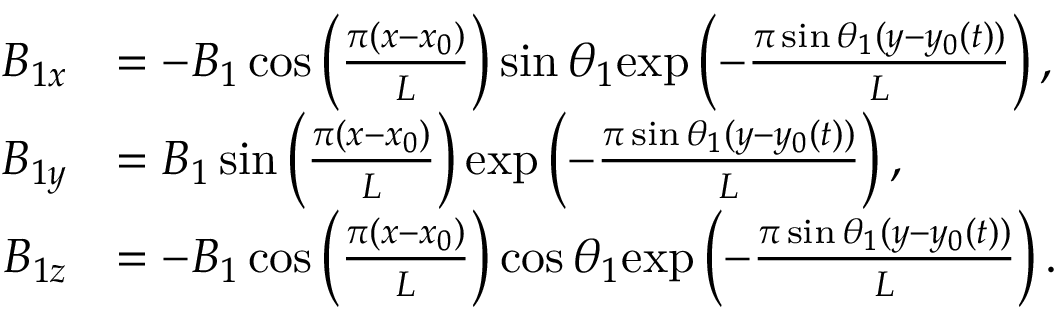
\begin{array} { r l } { B _ { 1 x } } & { = - B _ { 1 } \cos \left( \frac { \pi ( x - x _ { 0 } ) } { L } \right) \sin \theta _ { 1 } \mathrm { e x p } \left( - \frac { \pi \sin \theta _ { 1 } ( y - y _ { 0 } ( t ) ) } { L } \right) , } \\ { B _ { 1 y } } & { = B _ { 1 } \sin \left( \frac { \pi ( x - x _ { 0 } ) } { L } \right) \mathrm { e x p } \left( - \frac { \pi \sin \theta _ { 1 } ( y - y _ { 0 } ( t ) ) } { L } \right) , } \\ { B _ { 1 z } } & { = - B _ { 1 } \cos \left( \frac { \pi ( x - x _ { 0 } ) } { L } \right) \cos \theta _ { 1 } \mathrm { e x p } \left( - \frac { \pi \sin \theta _ { 1 } ( y - y _ { 0 } ( t ) ) } { L } \right) . } \end{array}